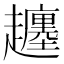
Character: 𧾡